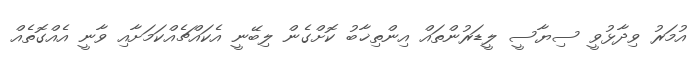
އުމަރު ވިދާޅުވީ ސިޔާސީ ލީޑަރުންތައް އިންތިޚާބު ކޮށްގެން ލިބޭނީ އެކައްޗެއްކަމަށާއި ވާނީ އެއްގޮތެއް